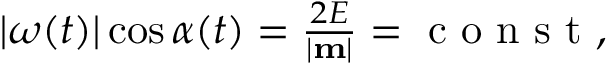
\begin{array} { r } { | \boldsymbol { \omega } ( t ) | \cos \alpha ( t ) = \frac { 2 E } { | { \bf m } | } = \mathrm { ~ c ~ o ~ n ~ s ~ t ~ } , } \end{array}